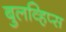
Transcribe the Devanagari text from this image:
बुलव्हिप्स